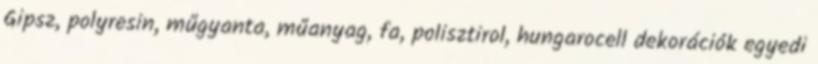
Gipsz, polyresin, műgyanta, műanyag, fa, polisztirol, hungarocell dekorációk egyedi